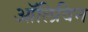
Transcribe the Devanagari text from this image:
ऑलिविन